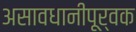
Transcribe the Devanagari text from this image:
असावधानीपूर्वक